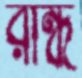
রান্ধ